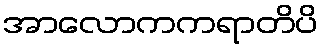
အာလောကကရာတိပိ